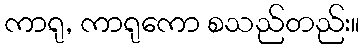
ကာရု, ကာရုကော စသည်တည်း။